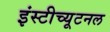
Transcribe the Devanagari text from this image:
इंस्टीच्यूटनल